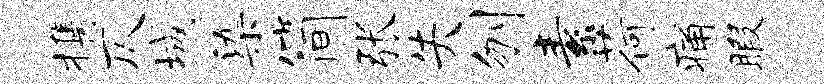
携仄城染简张失刎素荷痛暇